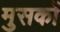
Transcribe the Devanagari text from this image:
मुसकों